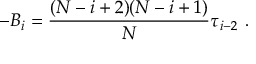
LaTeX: - B _ { i } = { \frac { ( N - i + 2 ) ( N - i + 1 ) } { N } } \tau _ { i - 2 } \ .